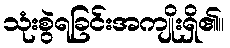
သုံးစွဲရခြင်းအကျိုးရှိ၏။